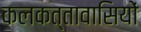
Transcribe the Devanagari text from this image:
कलकत्तावासियों